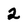
Character: 2